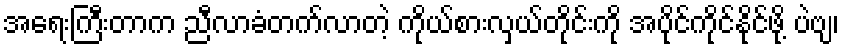
အရေးကြီးတာက ညီလာခံတက်လာတဲ့ ကိုယ်စားလှယ်တိုင်းကို အပိုင်ကိုင်နိုင်ဖို့ ပဲဗျ၊